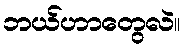
ဘယ်ဟာတွေလဲ။